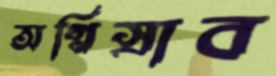
অগ্নিস্রাব